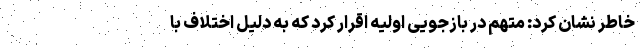
خاطر نشان کرد: متهم در بازجویی اولیه اقرار کرد که به دلیل اختلاف با